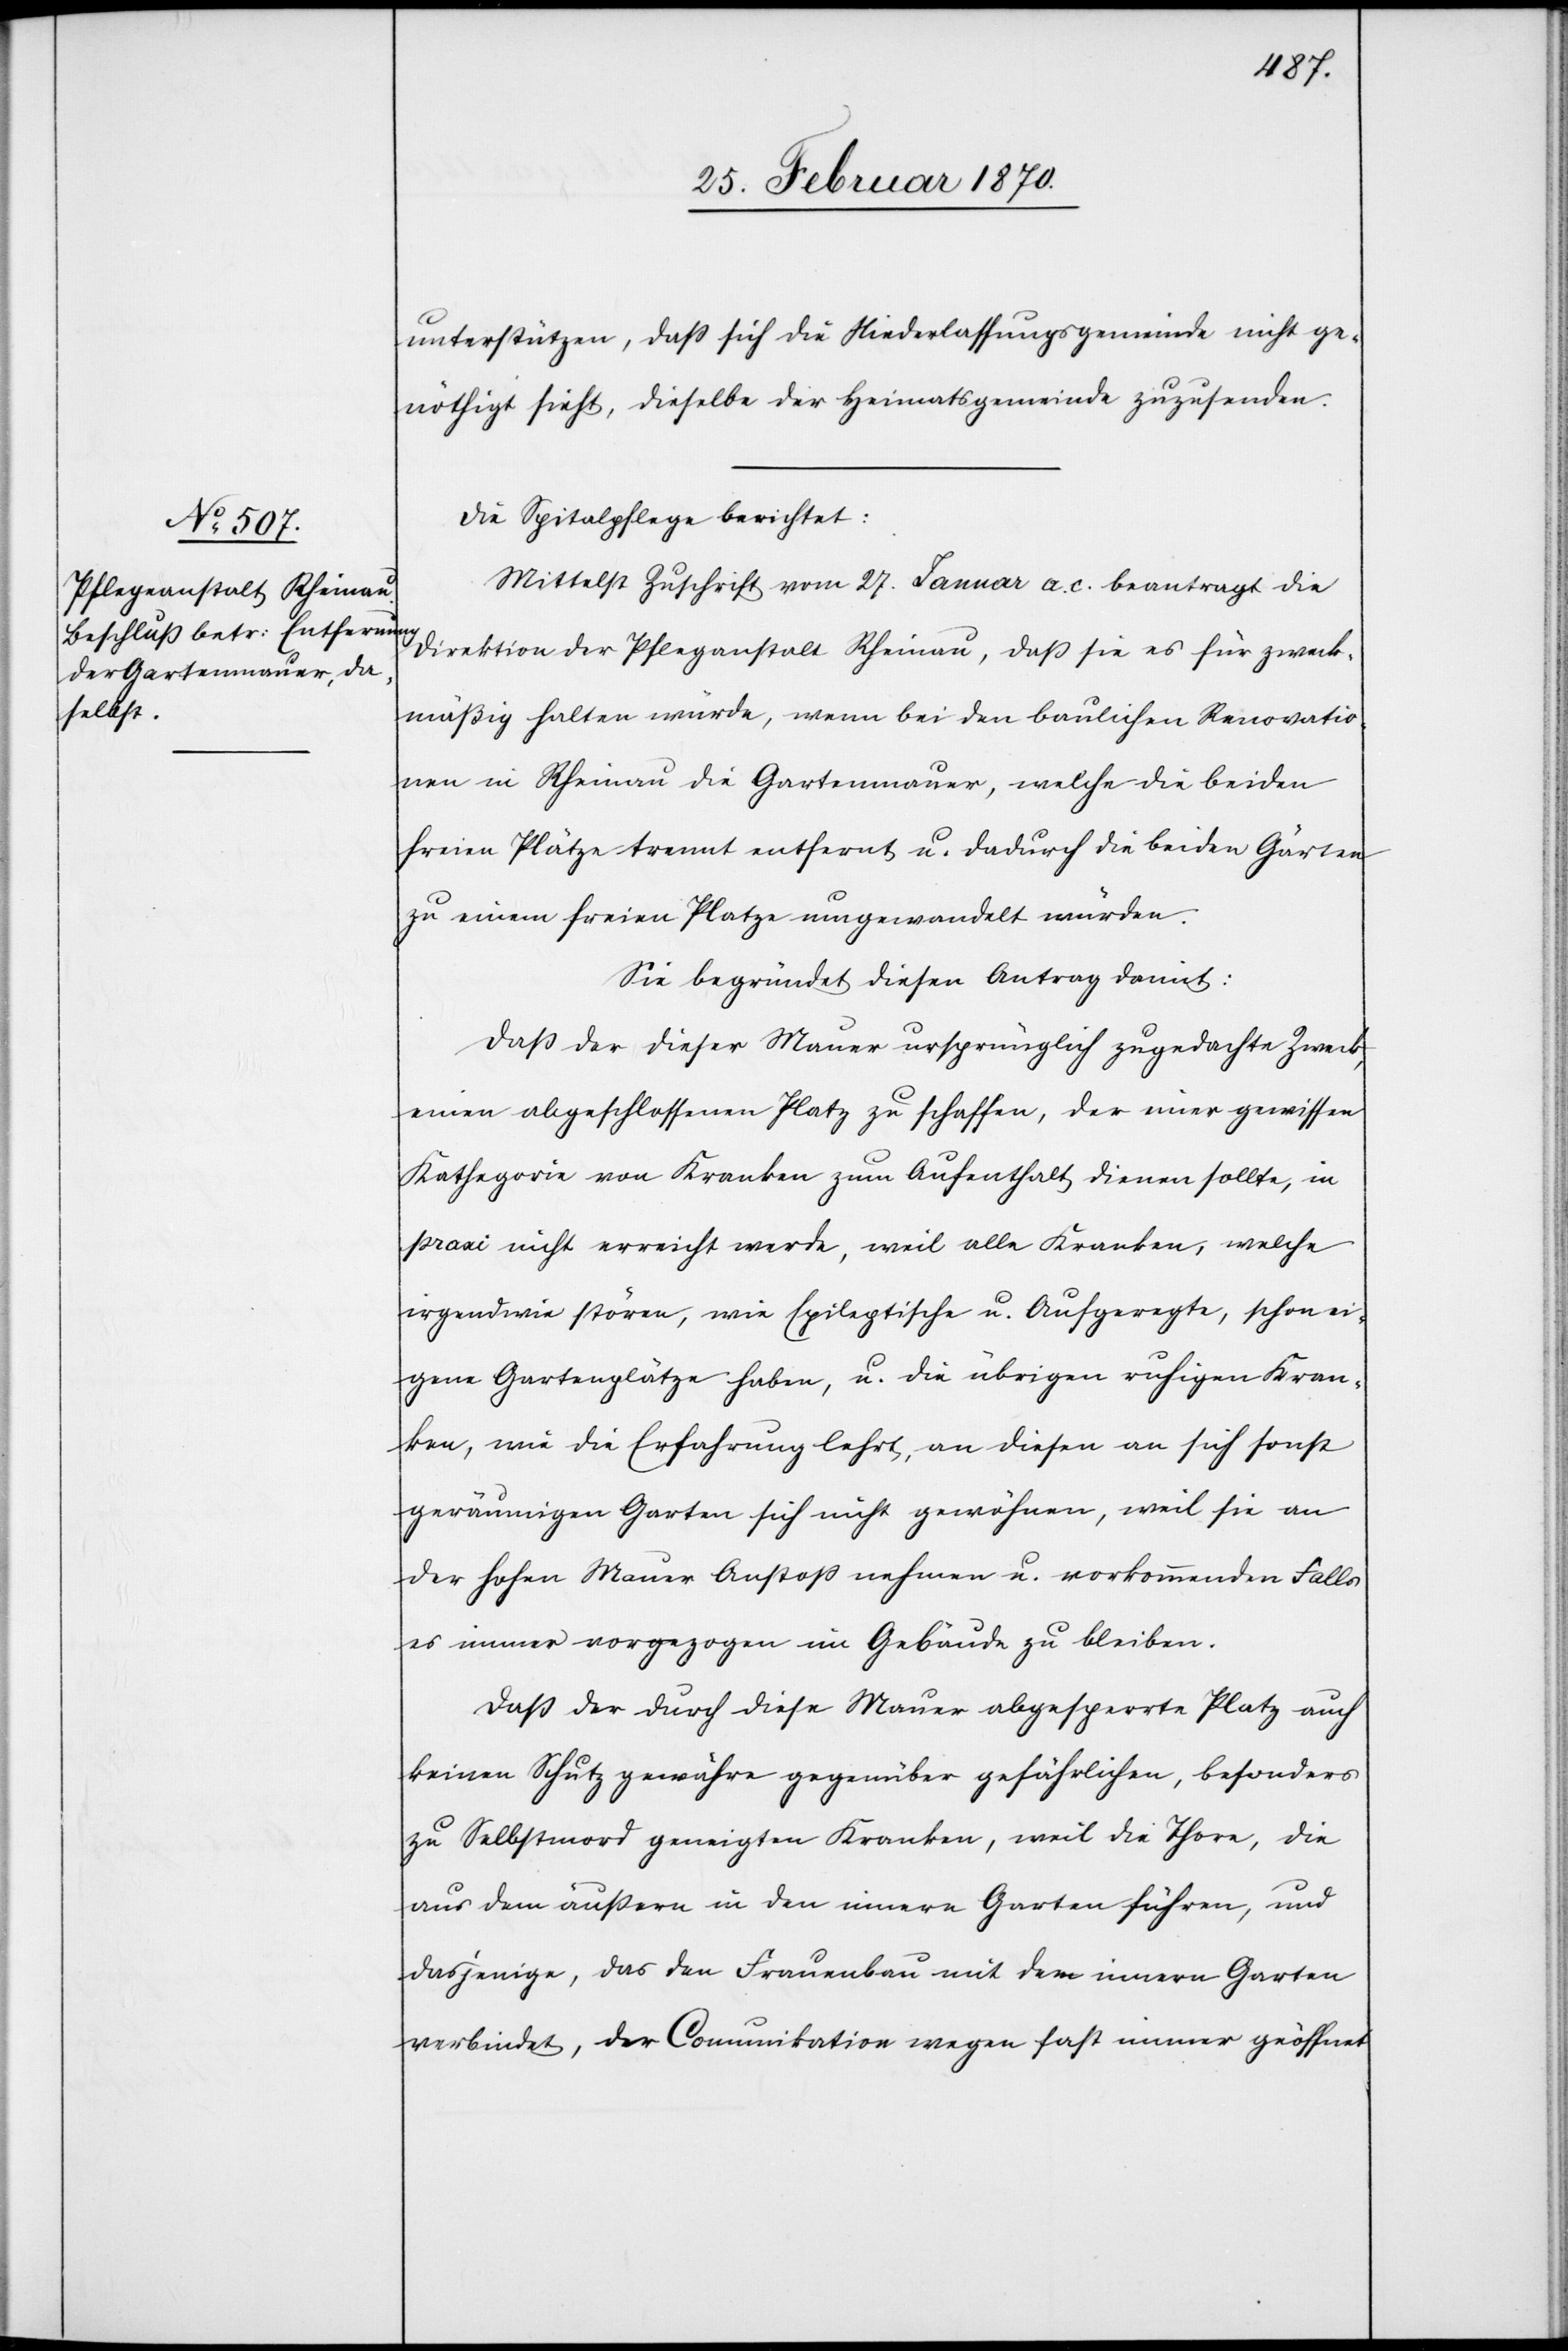
unterstützen, daß sich die Niederlassungsgemeinde nicht ge¬
nöthigt sieht, dieselbe der Heimatsgemeinde zuzusenden.
Die Spitalpflege berichtet:
Mittelst Zuschrift vom 27. Januar a. c. beantragt die
Direktion der Pflegeanstalt Rheinau, daß sie es für zweck¬
mäßig halten würde, wenn bei den baulichen Renovatio¬
nen in Rheinau die Gartenmauer, welche die beiden
freien Plätze trennt entfernt u. dadurch die beiden Gärten
zu einem freien Platze umgewandelt würden.
Sie begründet diesen Antrag damit:
Daß der dieser Mauer ursprünglich zugedachte Zweck,
einen abgeschlossenen Platz zu schaffen, der einer gewissen
Kathegorie von Kranken zum Aufenthalt dienen sollte, in
praxi nicht erreicht werde, weil alle Kranken, welche
irgendwie stören, wie Epileptische u. Aufgeregte, schon ei¬
gene Gartenplätze haben, u. die übrigen ruhigen Kran¬
ken, wie die Erfahrung lehre, an diesen an sich sonst
geräumigen Garten sich nicht gewöhnen, weil sie an
der hohen Mauer Anstoß nehmen u. vorkommenden Falls
es immer vorgezogen im Gebäude zu bleiben.
Daß der durch diese Mauer abgesperrte Platz auch
keinen Schutz gewähre gegenüber gefährlichen, besonders
zu Selbstmord geneigten Kranken, weil die Thore, die
aus dem äußern in den innern Garten führen, und
dasjenige, das den Frauenbau mit dem innern Garten
verbindet, der Communikation wegen fast immer geöffnet